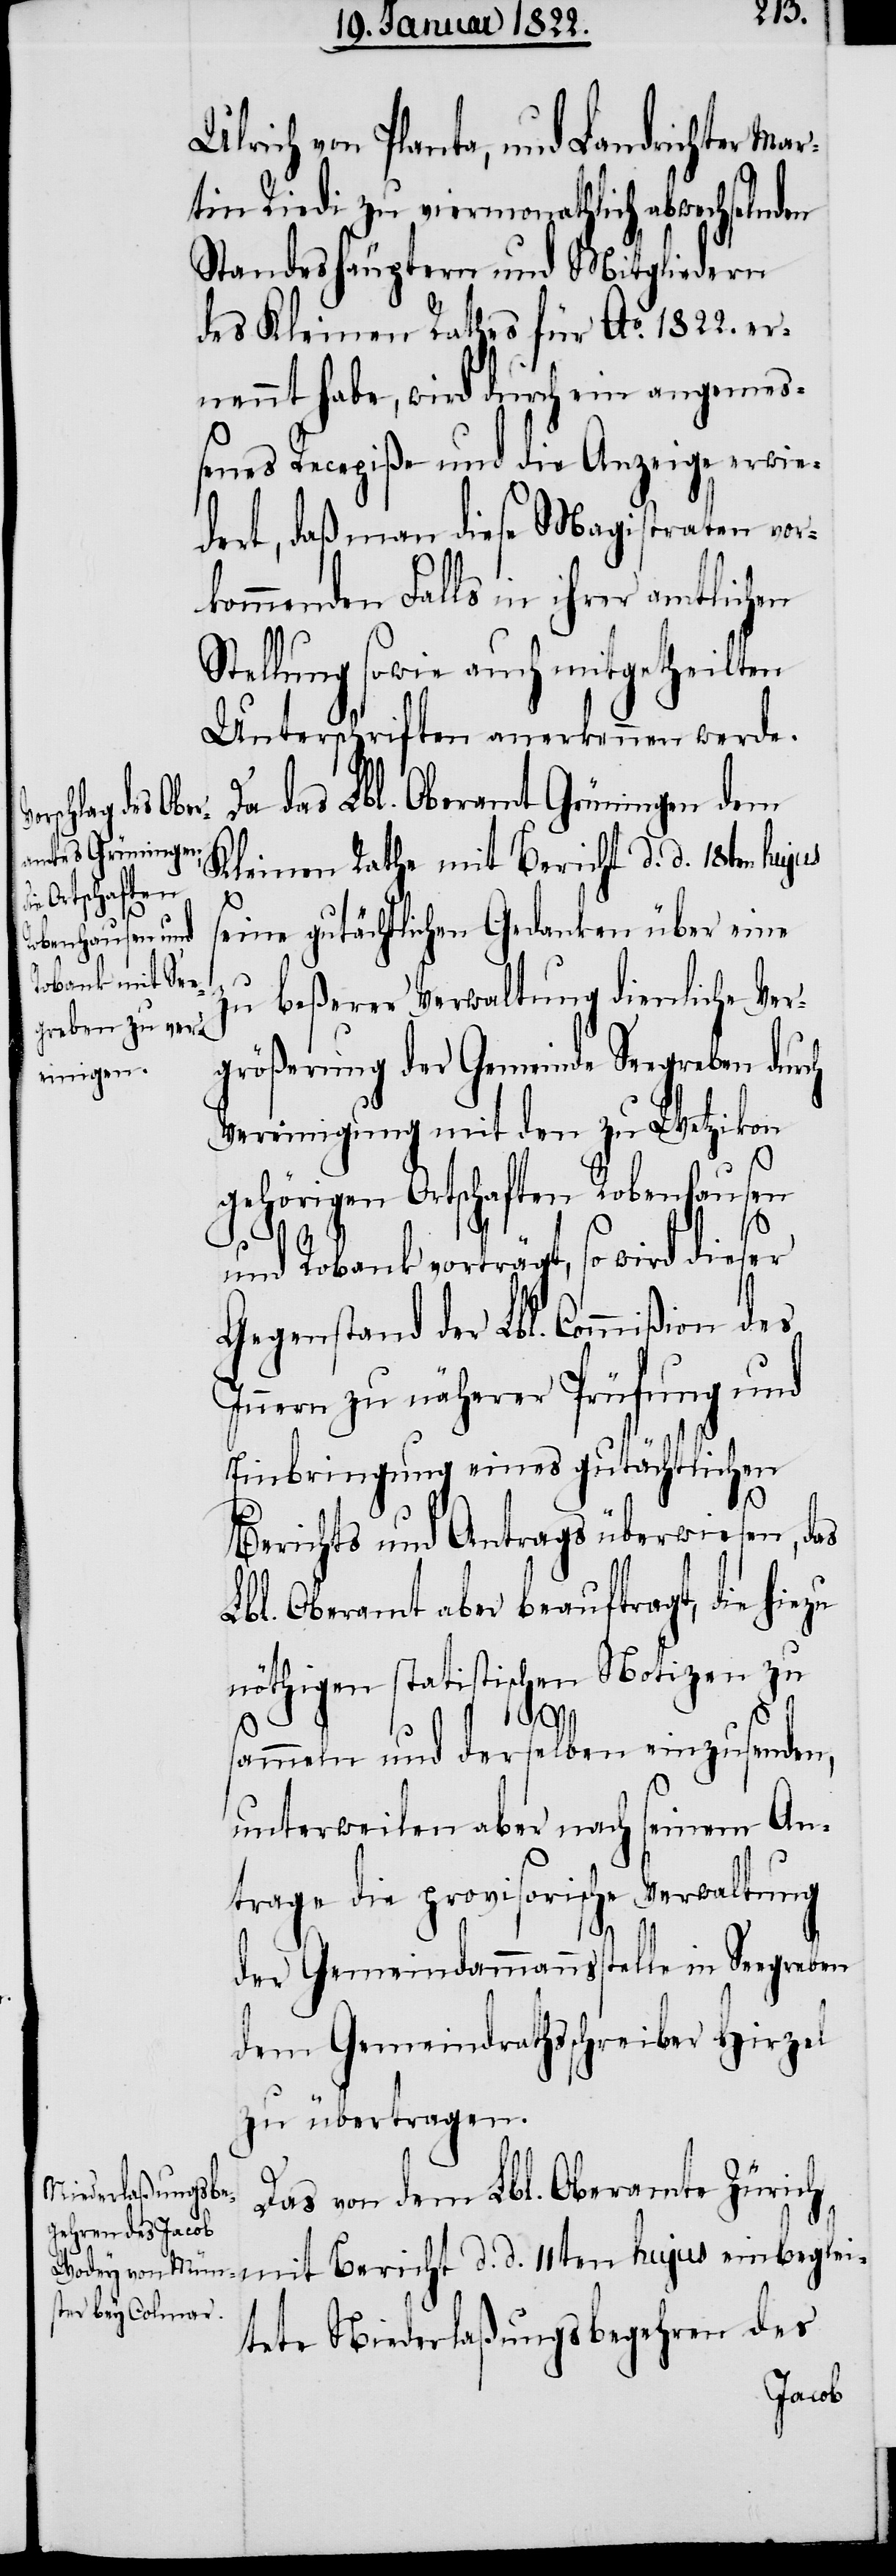
Ulrich von Planta, und Landrichter Mar¬
tin Riedi zu viermonathlich abwechselnden
Standeshäuptern und Mitgliedern
des Kleinen Rathes für Ao. 1822. er¬
nannt habe, wird durch ein angemeß¬
enes Recepiße und die Anzeige erwie¬
dert, daß man diese Magistraten vor¬
kommenden Falls in ihrer amtlichen
Stellung sowie auch [ihre]
Unterschriften anerkennen werde.
Da das Lbl. Oberamt Grüningen dem
einbeglei¬
Kleinen Rathe mit Bericht d. d. 18ten hujus
seine gutächtlichen Gedanken über eine
zu beßerer Verwaltung dienliche Ver¬
größerung der Gemeinde Seegreben durch
Vereinigung mit den zu Wetzikon
gehörigen Ortschaften Robenhausen
und Robank vorträgt. So wird dieser
Gegenstand der Lbl. Commißion des
Innern zu näherer Prüfung und
Einbringung eines gutächtlichen
d.
Berichtes und Antrags überwiesen, das
Lbl. Oberamt aber beauftragt, die hiezu
nöthigen statistischen Notizen zu
11ten
sammeln und derselben einzusenden,
unterweilen aber nach seinem An¬
trage die provisorische Verwaltung
der Gemeindammannsstelle in Seegreben
dem Gemeindrathsschreiber Hirzel
zu übertragen.
Das von dem Lbl. Oberamte Zürich
tete Niederlaßungsbegehren des